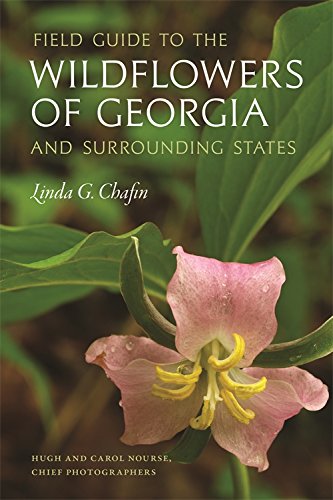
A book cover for Field Guide to the Wildflowers of Georgia and Surrounding States (Wormsloe Foundation Nature Book); Linda Chafin; Crafts, Hobbies & Home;